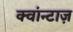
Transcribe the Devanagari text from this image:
क्वांन्टाज़